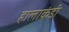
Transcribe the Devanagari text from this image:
हालाकंडी